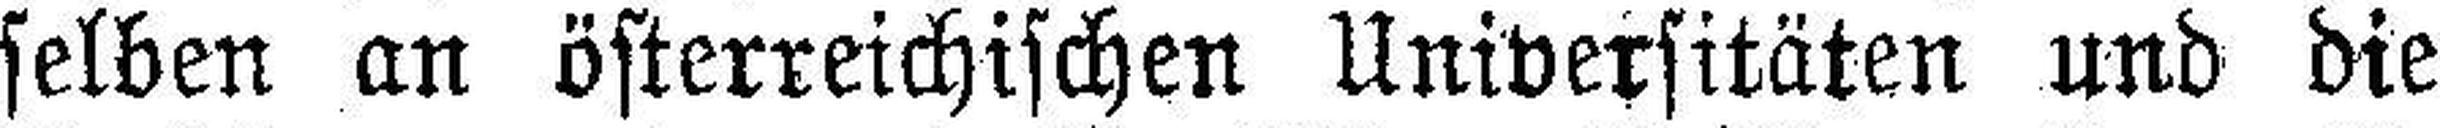
selben an österreichischen Universitäten und die